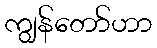
ကျွန်တော်ဟာ